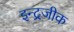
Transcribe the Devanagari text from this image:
इन्द्रजीक